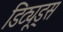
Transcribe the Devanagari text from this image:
डिट्यूड्स